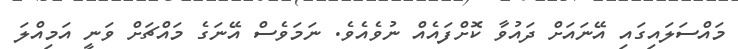
މައްސަލައިގައި އޭނައަށް ދައުވާ ކޮށްފައެއް ނުވެއެވެ. ނަމަވެސް އޭނަގެ މައްޗަށް ވަނީ އަމިއްލަ